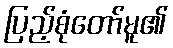
ပြည့်စုံတော်မူ၏